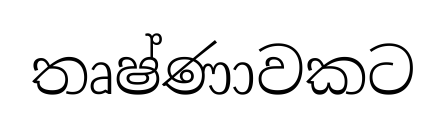
තෘෂ්ණාවකට